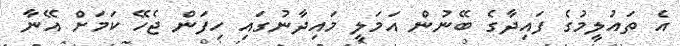
އެ ތައުލީމުގެ ފައިދާގެ ބޭނުން އަމަލީ މައިދާނުގައި ހިފަން ޖެހޭ ކަމަށް އޭނާ